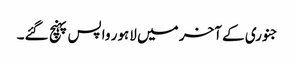
جنوری کے آخر میں لاہور واپس پہنچ گئے۔